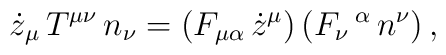
\dot{z}_{\mu} \, T^{\mu \nu} \, n_{\nu} =(F_{\mu \alpha}\, \dot{z}^{\mu}) \, (F_{\nu}\,^{\alpha}\, n^{\nu}) \, ,